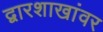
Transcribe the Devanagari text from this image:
द्वारशाखांवर